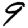
Digit: 9